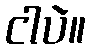
ငါပဲ။